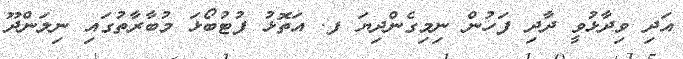
އަދި ވިދާޅުވީ ދާދި ފަހުން ނިމިގެންދިޔަ ފ. އަތޮޅު ފުޓުބޯޅަ މުބާރާތުގައި ނިލަންދޫ